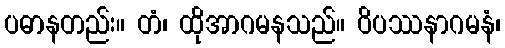
ပဓာနတည်း။ တံ၊ ထိုအာဂမနသည်။ ဝိပဿနာဂမနံ၊